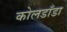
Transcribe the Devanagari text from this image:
कोलडाँडा